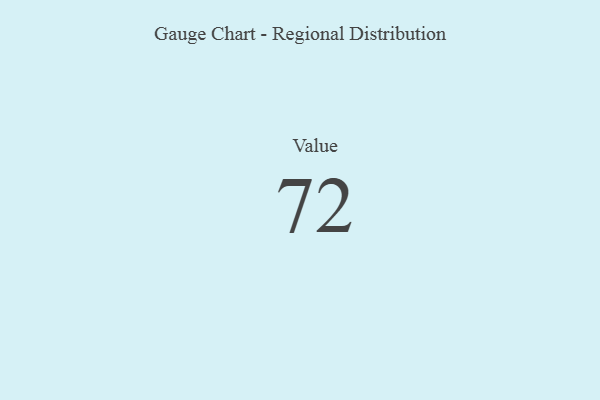
{"axis": {"x": "Metric", "y": "Value"}, "legend": [""], "data": [{"x": "Value", "y": 72, "type": ""}]}